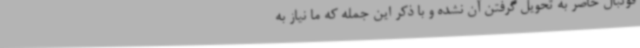
فوتبال حاضر به تحویل گرفتن آن نشده و با ذکر این جمله که ما نیاز به